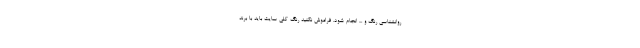
روانشناسی رنگ و ... انجام شود. فراموش نکنید رنگ کلی سایت باید با برند